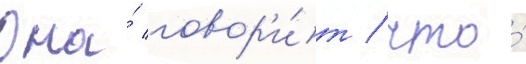
Она́ говор'и́т / что́